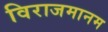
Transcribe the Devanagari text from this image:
विराजमानम